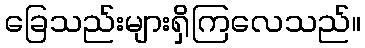
ခြေသည်းများရှိကြလေသည်။